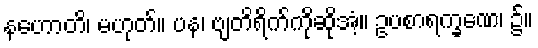
နဟောတိ၊ မဟုတ်။ ပန၊ ဗျတိရိက်ကိုဆိုအံ့။ ဥပစာရက္ခဏေ၊ ၌။